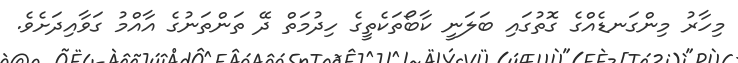
މިހާރު މިންގަނޑެއްގެ ގޮތުގައި ބަލަނީ ކާބޯތަކެތީގެ ހިދުމަތް ދޭ ތަންތަނުގެ އާއްމު ގަވާއިދަށެވެ.